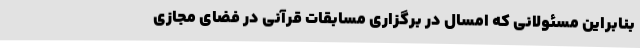
بنابراین مسئولانی که امسال در برگزاری مسابقات قرآنی در فضای مجازی